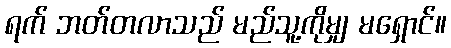
ရက် ဘတ်တလာသည် မည်သူ့ကိုမျှ မရှောင်။